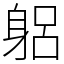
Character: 躳